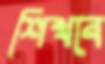
শিখবে